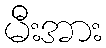
မီးအား